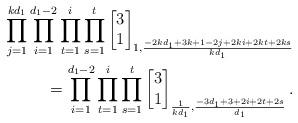
LaTeX: \begin{align*}\prod_{j=1}^{kd_1}\prod_{i=1}^{d_1-2}\prod_{t=1}^{i}\prod_{s=1}^{t}\begin{bmatrix}3\\1\end{bmatrix}_{1,\frac{-2k d_1+3k+1-2j+2ki+2kt+2ks}{kd_1}}\\=\prod_{i=1}^{d_1-2}\prod_{t=1}^{i}\prod_{s=1}^{t}\begin{bmatrix}3\\1\end{bmatrix}_{\frac{1}{kd_1},\frac{-3d_1+3+2i+2t+2s}{d_1}}.\end{align*}